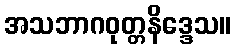
အသဘာဂဝုတ္တနိဒ္ဒေသ။